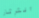
الثرثار